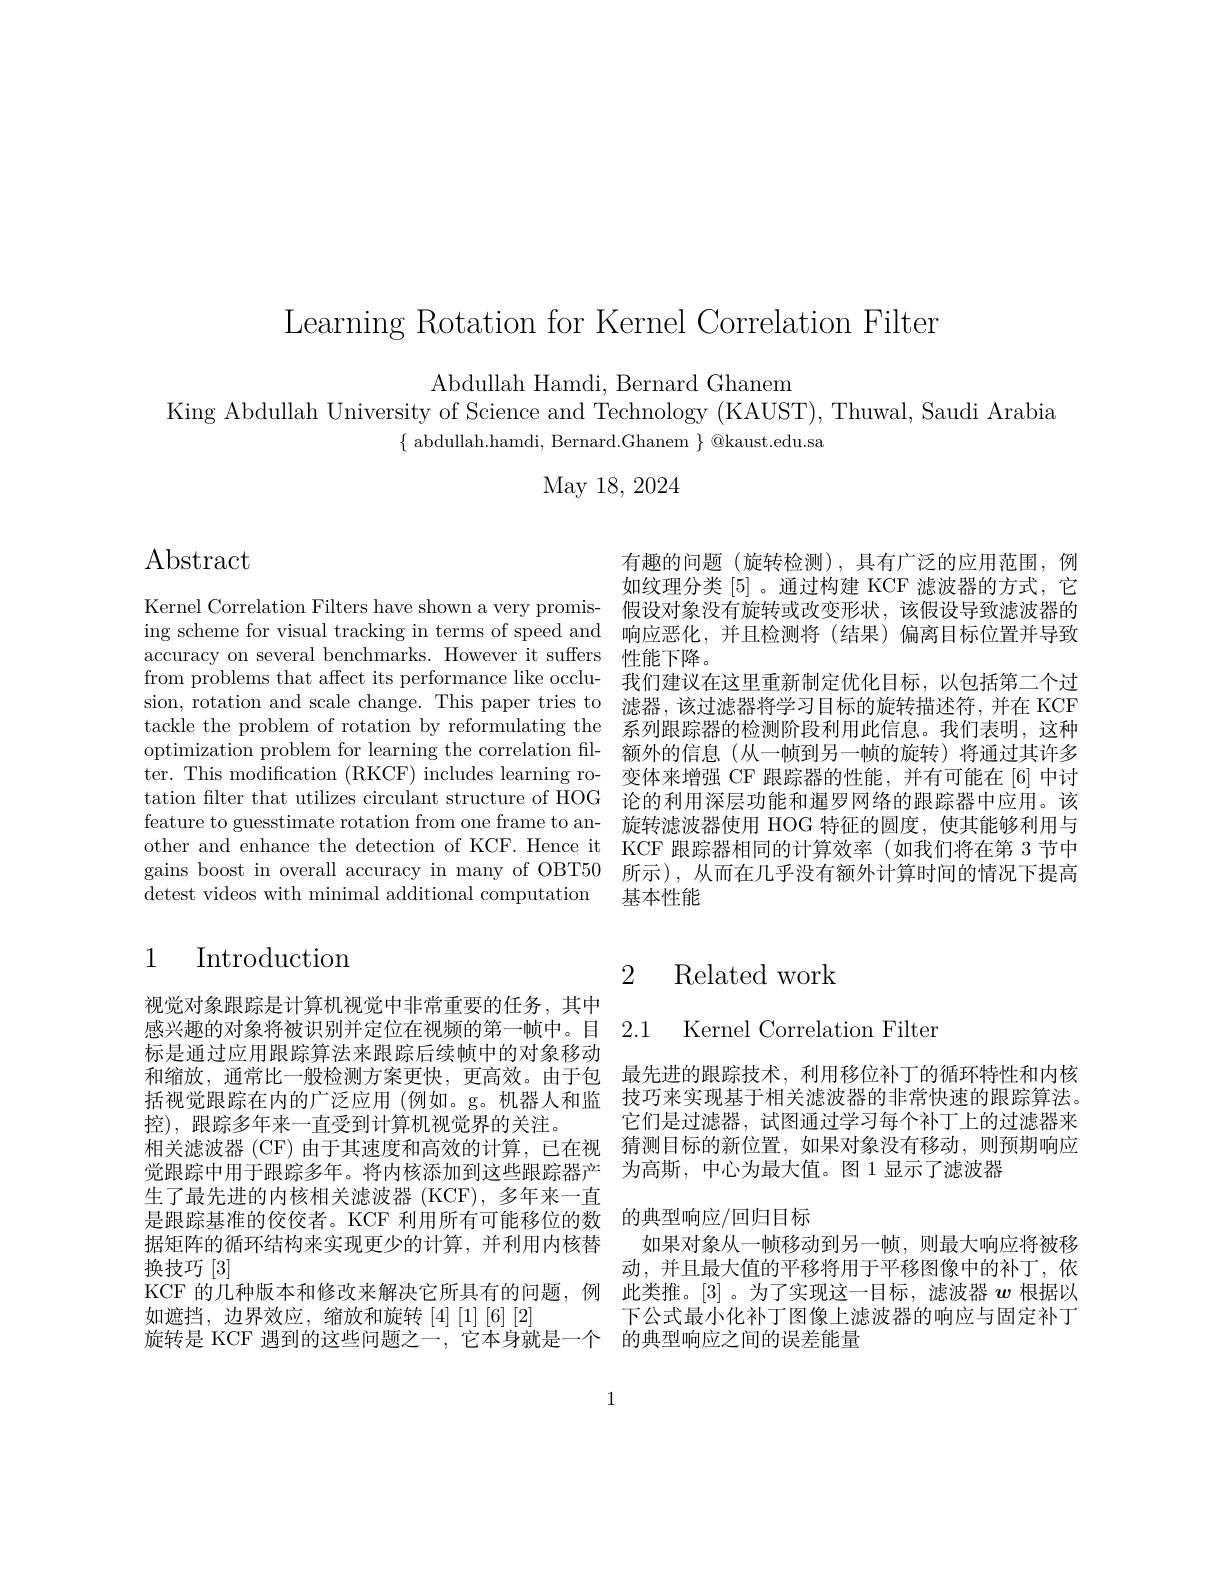
Learning Rotation for Kernel Correlation Filter

Abdullah Hamdi, Bernard Ghanem
King Abdullah University of Science and "lechnology (KAUSI'), Thuwal, Saudi Arabia
$\{$ abdullah.hamdi, Bernard.Ghanem $\}$ @kaust.edu.sa
May 18, 2024

Abstract

有趣的问题(旋转检测),具有广泛的应用范围，例如纹理分类[5] 。通过构建 KCF 滤波器的方式，它
Kernel Correlation Filters have shown a very promis- 假设对象没有旋转或改变形状，该假设导致滤波器的ing scheme for visual tracking in terms of speed and 响应恶化，并且检测将 (结果)偏离目标位置并导致accuracy on several benchmarks. However it suffers 性能下降。
from problems that affect its performance like occlu- 我们建议在这里重新制定优化目标，以包括第二个过sion, rotation and scale change. This paper tries to 滤器，该过滤器将学习目标的旋转描述符，并在 KCF tackle the problem of rotation by reformulating the 系列跟踪器的检测阶段利用此信息。我们表明，这种optimization problem for learning the correlation fil- 额外的信息(从一帧到另一帧的旋转)将通过其许多ter. This modification (RKCF) includes learning ro- 变体来增强 CF 跟踪器的性能，并有可能在 [6] 中讨tation filter that utilizes circulant structure of HOG 论的利用深层功能和暹罗网络的跟踪器中应用。该feature to guesstimate rotation from one frame to an- 旋转滤波器使用 HOG 特征的圆度，使其能够利用与other and enhance the detection of KCF. Hence it KCF 跟踪器相同的计算效率(如我们将在第 3 节中gains boost in overall accuracy in many of OBT50 所示),从而在几乎没有额外计算时间的情况下提高detest videos with minimal additional computation 基本性能

## 1 Introduction

# 2 Related work

感兴趣的对象将被识别并定位在视频的第一帧中。目 2.1 Kernel Correlation Filter

和缩放，通常比一般检测方案更快，更高效。由于包 最先进的跟踪技术，利用移位补丁的循环特性和内核括视觉跟踪在内的广泛应用 (例如。g。机器人和监 技巧来实现基于相关滤波器的非常快速的跟踪算法。控),跟踪多年来一直受到计算机视觉界的关注。它们是过滤器，试图通过学习每个补丁上的过滤器来相关滤波器 (CF) 由于其速度和高效的计算，已在视 猜测目标的新位置，如果对象没有移动，则预期响应觉跟踪中用于跟踪多年。将内核添加到这些跟踪器产 为高斯，中心为最大值。图 1 显示了滤波器

视觉对象跟踪是计算机视觉中非常重要的任务，其中标是通过应用跟踪算法来跟踪后续帧中的对象移动生了最先进的内核相关滤波器 (KCF),多年来一直是跟踪基准的佼佼者。KCF 利用所有可能移位的数 的典型响应/回归目标
据矩阵的循环结构来实现更少的计算，并利用内核替  如果对象从一帧移动到另一帧，则最大响应将被移
换技巧[3]
KCF 的几种版本和修改来解决它所具有的问题，例 此类推。[3]。为了实现这一目标，滤波器$\boldsymbol{w}$根据以
如遮挡，边界效应，缩放和旋转[4][1][6][2]
旋转是 KCF 遇到的这些问题之一，它本身就是一个 的典型响应之间的误差能量

动，并且最大值的平移将用于平移图像中的补丁，依下公式最小化补丁图像上滤波器的响应与固定补丁

1